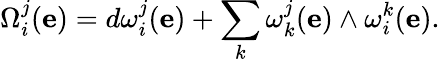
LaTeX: \Omega_{i}^{j}(\mathbf{e})=d\omega_{i}^{j}(\mathbf{e})+\sum_{k}\omega_{k}^{j}(\mathbf{e})\wedge\omega_{i}^{k}(\mathbf{e}).